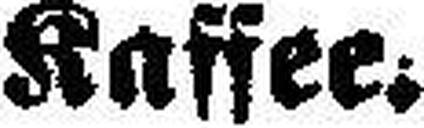
Kaffee.